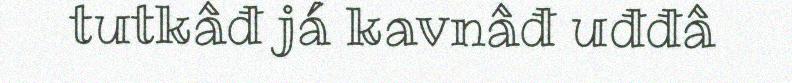
tutkâđ já kavnâđ uđđâ